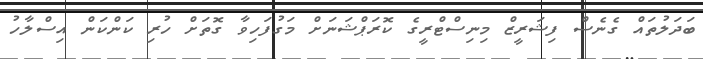
ބަދަލުތައް ގެނެސް ފިޝަރީޒް މިނިސްޓްރީގެ ކޮރަޕްޝަނަށް މަގުފަހިވާ ގޮތަށް ހުރި ކަންކަން އިސްލާހު